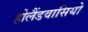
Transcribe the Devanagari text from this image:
होलैंडवासियो